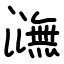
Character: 㶃